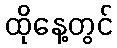
ထိုနေ့တွင်